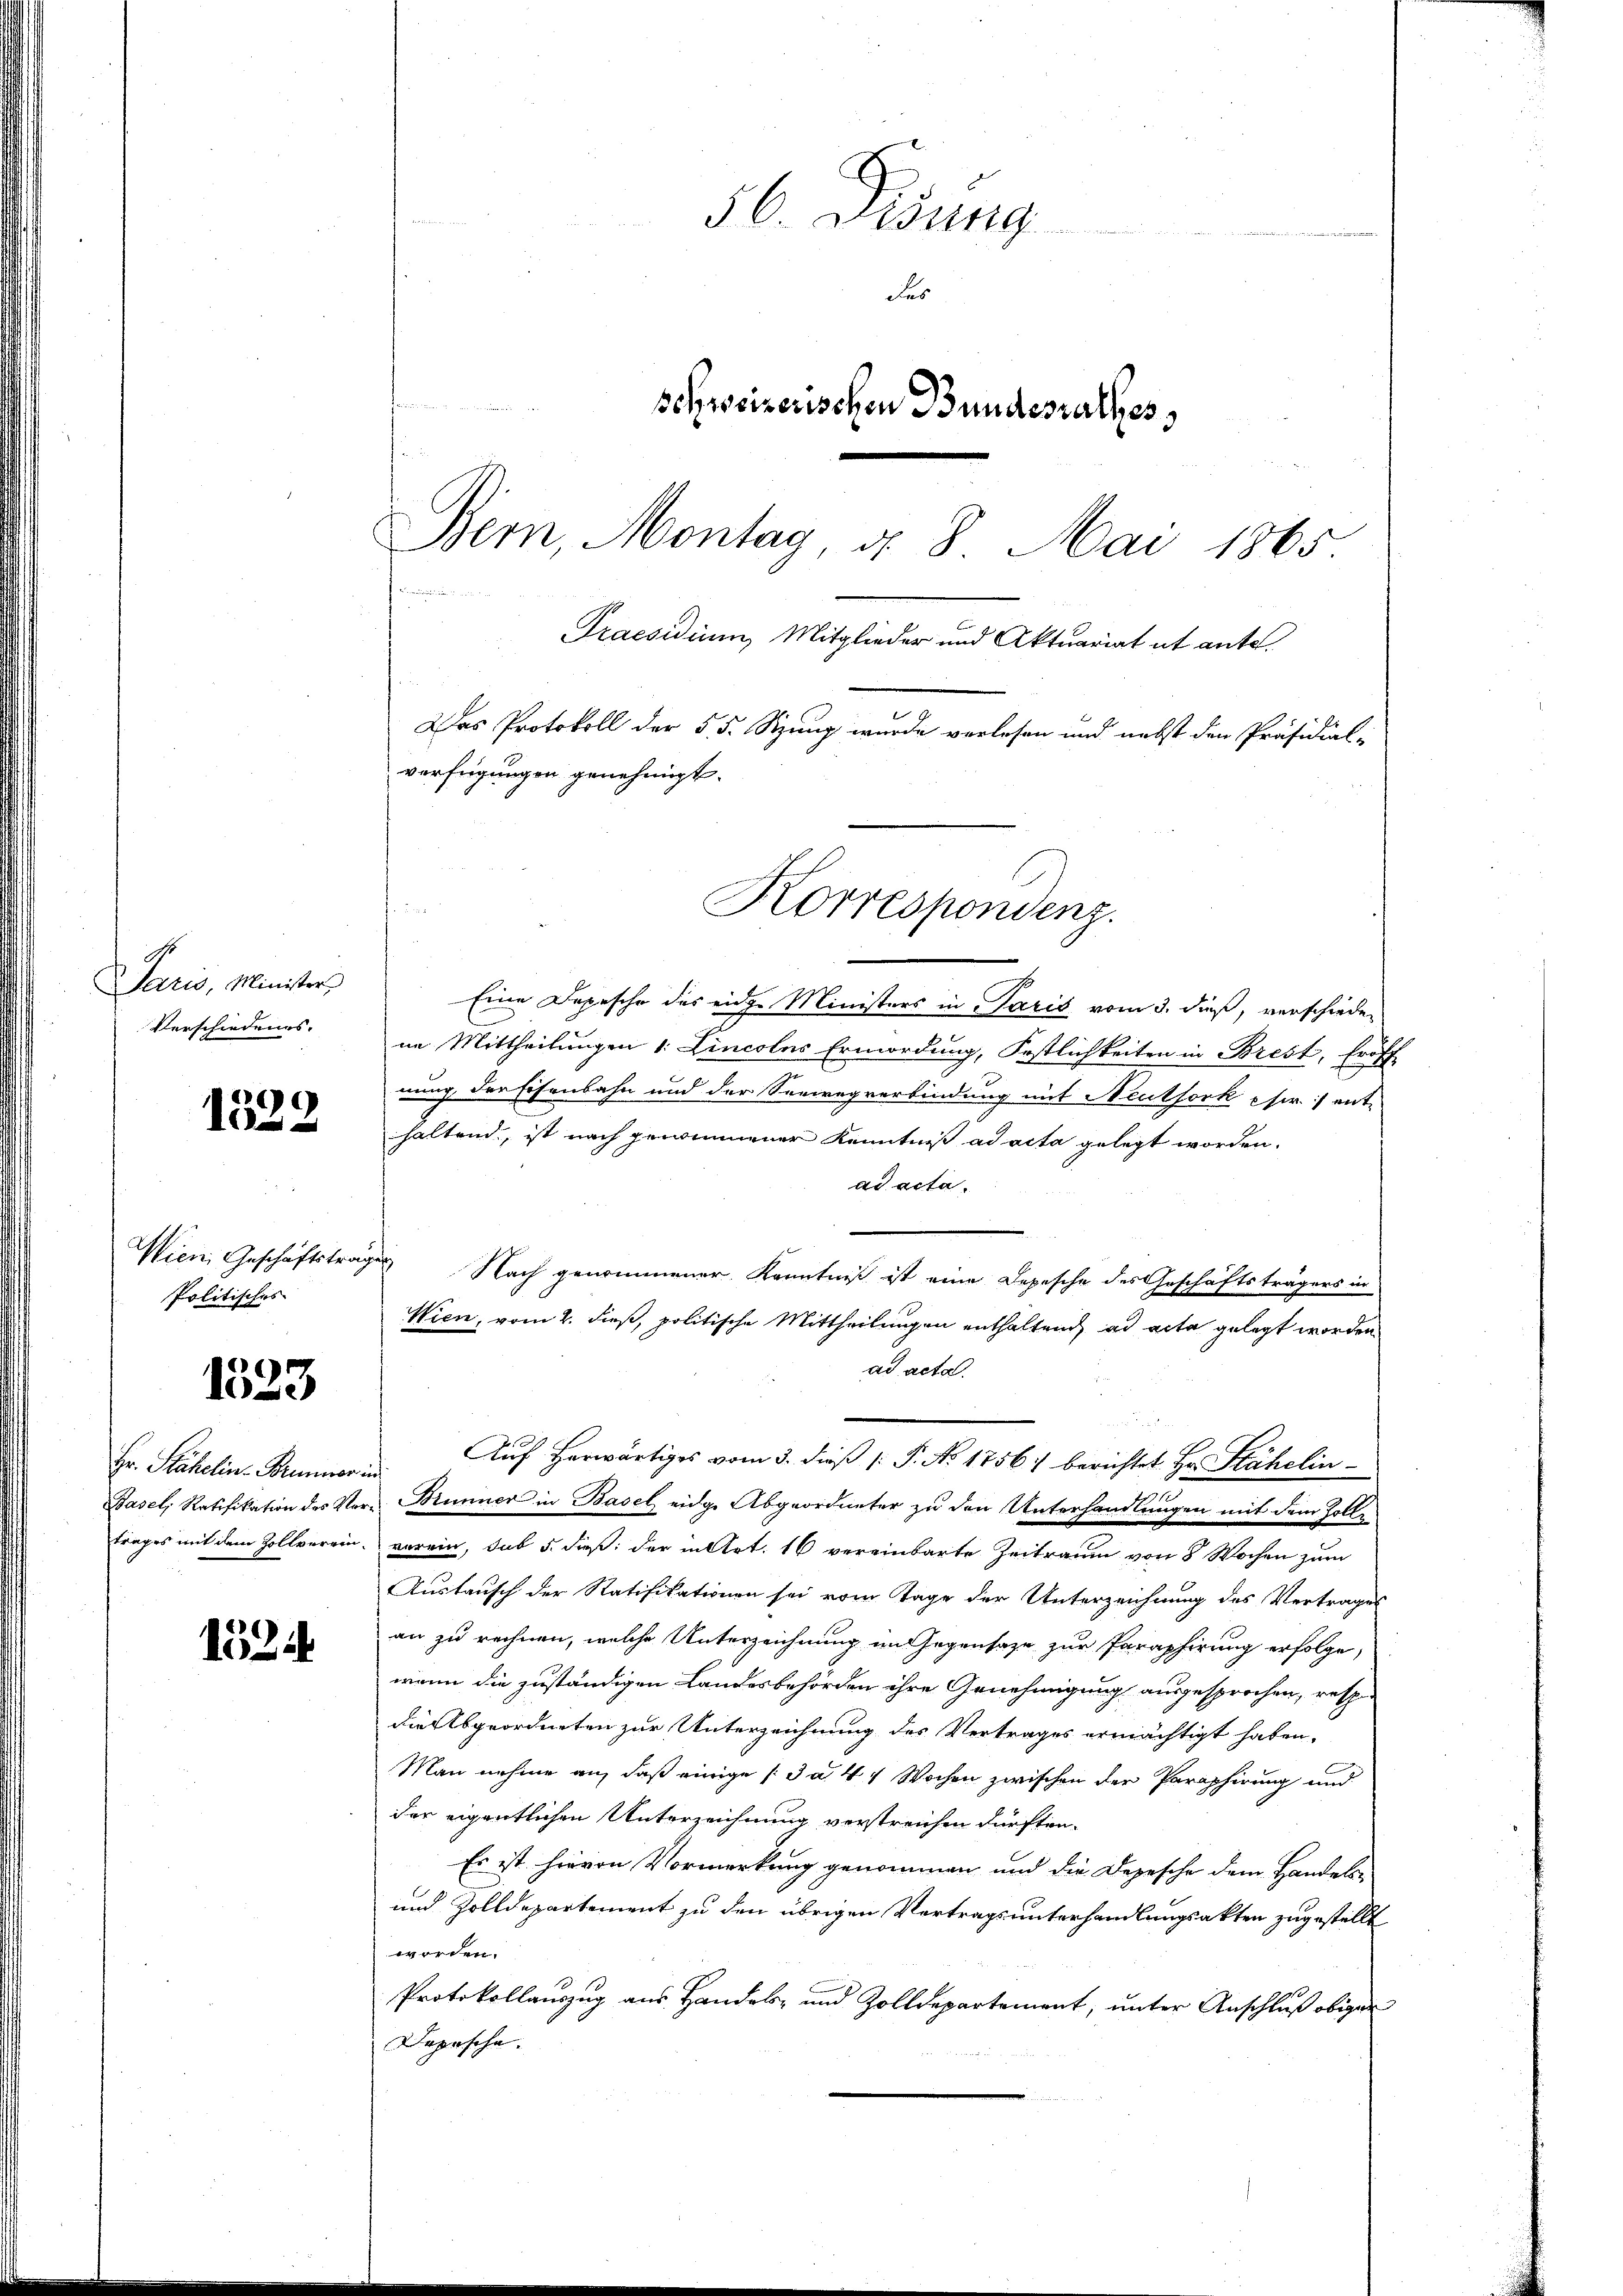
S.
Saris, Minister
Verschiedenes.

E
1

Politisches

1523

Hr. Stähelin. Brunner.
Basel, Ratifikation des Vertrages mit dem Zollverein

1524

finanden ein

56. Disung
des
schreizerischen Bundesrathes,
Bem, Montag d. 8. Mai 1865

Praesidium Mitglieder und Aktuariat et ante.
Das Protokoll der 55. Sitzung wurde verlesen und nebst den Präsidial-
verfügungen genehmigt.

Eine Depesche des eidge Ministers in Paris vom 3. dieß, verschieden
im Mittheilungen 1. Lincolas Ermordung, Festlichkeiten in Brest, Eröff
nung der Eisenbahn und der Seewegverbindung mit Neuthork sir.) ent-
haltend, ist nach genommener Kenntniß ad acta gelegt worden.
ad acta.
Wien, Geschäftstrages Nach genommener Kenntniß ist eine Depesche des Geschäftsträgers in
Wien, vom 2. dieß, politische Mittheilungen enthaltend, ad acta gelegt worden.
ad acta.
Auf herwärtiges vom 3. dieß (: P. No 1756) berichtet Hr. Stähelin
i
Bunner in Basel eidge Abgeordneter zu den Unterhandlungen mit dem Zolle
verein, sub 5. dieß: der in Art. 16 vereinbarte Zeitraum von 8 Wochen zum
Austausch der Ratifikationen sei vom Tage der Unterzeichnung des Vertrages
an zu rechnen, welche Unterzeichnung im Gegensatze zur Paraphirung erfolge,
wenn die zuständigen Landesbehörden ihre Genehmigung ausgesprochen, resp.
die Abgeordneten zur Unterzeichnung des Vertrages ermächtigt haben.
Man nehme an, daß einige [3 a. 4 4 Wochen zwischen der Paraphirung und
der eigentlichen Unterzeichnung verstreichen dürften.
Es ist hievon Vormerkung genommen und die Depesche dem Handels-
und Zolldepartement zu den übrigen Vertragsunterhandlungsakten zugestellt
worden.
Protokollauszug aus Handels- und Zolldepartement, unter Anschluß obigen
Depesche.

Korrespondenz.